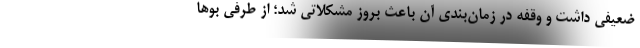
ضعیفی داشت و وقفه در زمان‌بندی آن باعث بروز مشکلاتی شد؛ از طرفی بوها